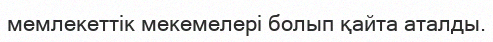
мемлекеттік мекемелері болып қайта аталды.